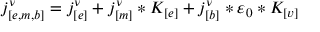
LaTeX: j _ { [ e , m , b ] } ^ { \nu } = j _ { [ e ] } ^ { \nu } + j _ { [ m ] } ^ { \nu } * K _ { [ e ] } + j _ { [ b ] } ^ { \nu } * \varepsilon _ { 0 } * K _ { [ v ] }